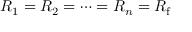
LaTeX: R _ { 1 } = R _ { 2 } = \cdots = R _ { n } = R _ { \mathrm { f } }